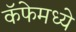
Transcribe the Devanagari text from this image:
कॅफेमध्ये